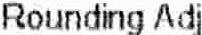
ROUNDING ADJ